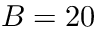
B = 2 0